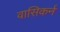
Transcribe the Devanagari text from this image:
वासिकर्न